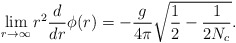
\begin{align*}\lim_{r\to \infty}r^2\frac{d}{dr}\phi(r)=-\frac{g}{4\pi}\sqrt{\frac{1}{2}-\frac{1}{2N_c}}.\end{align*}